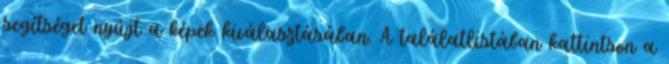
segítséget nyújt a képek kiválasztásában. A találatlistában kattintson a